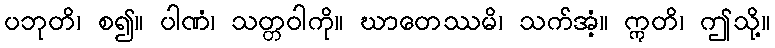
ပဘုတိ၊ စ၍။ ပါဏံ၊ သတ္တဝါကို။ ဃာတေဿမိ၊ သက်အံ့။ ဣတိ၊ ဤသို့။